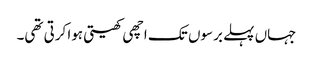
جہاں پہلے برسوں تک اچھی کھیتی ہوا کرتی تھی۔